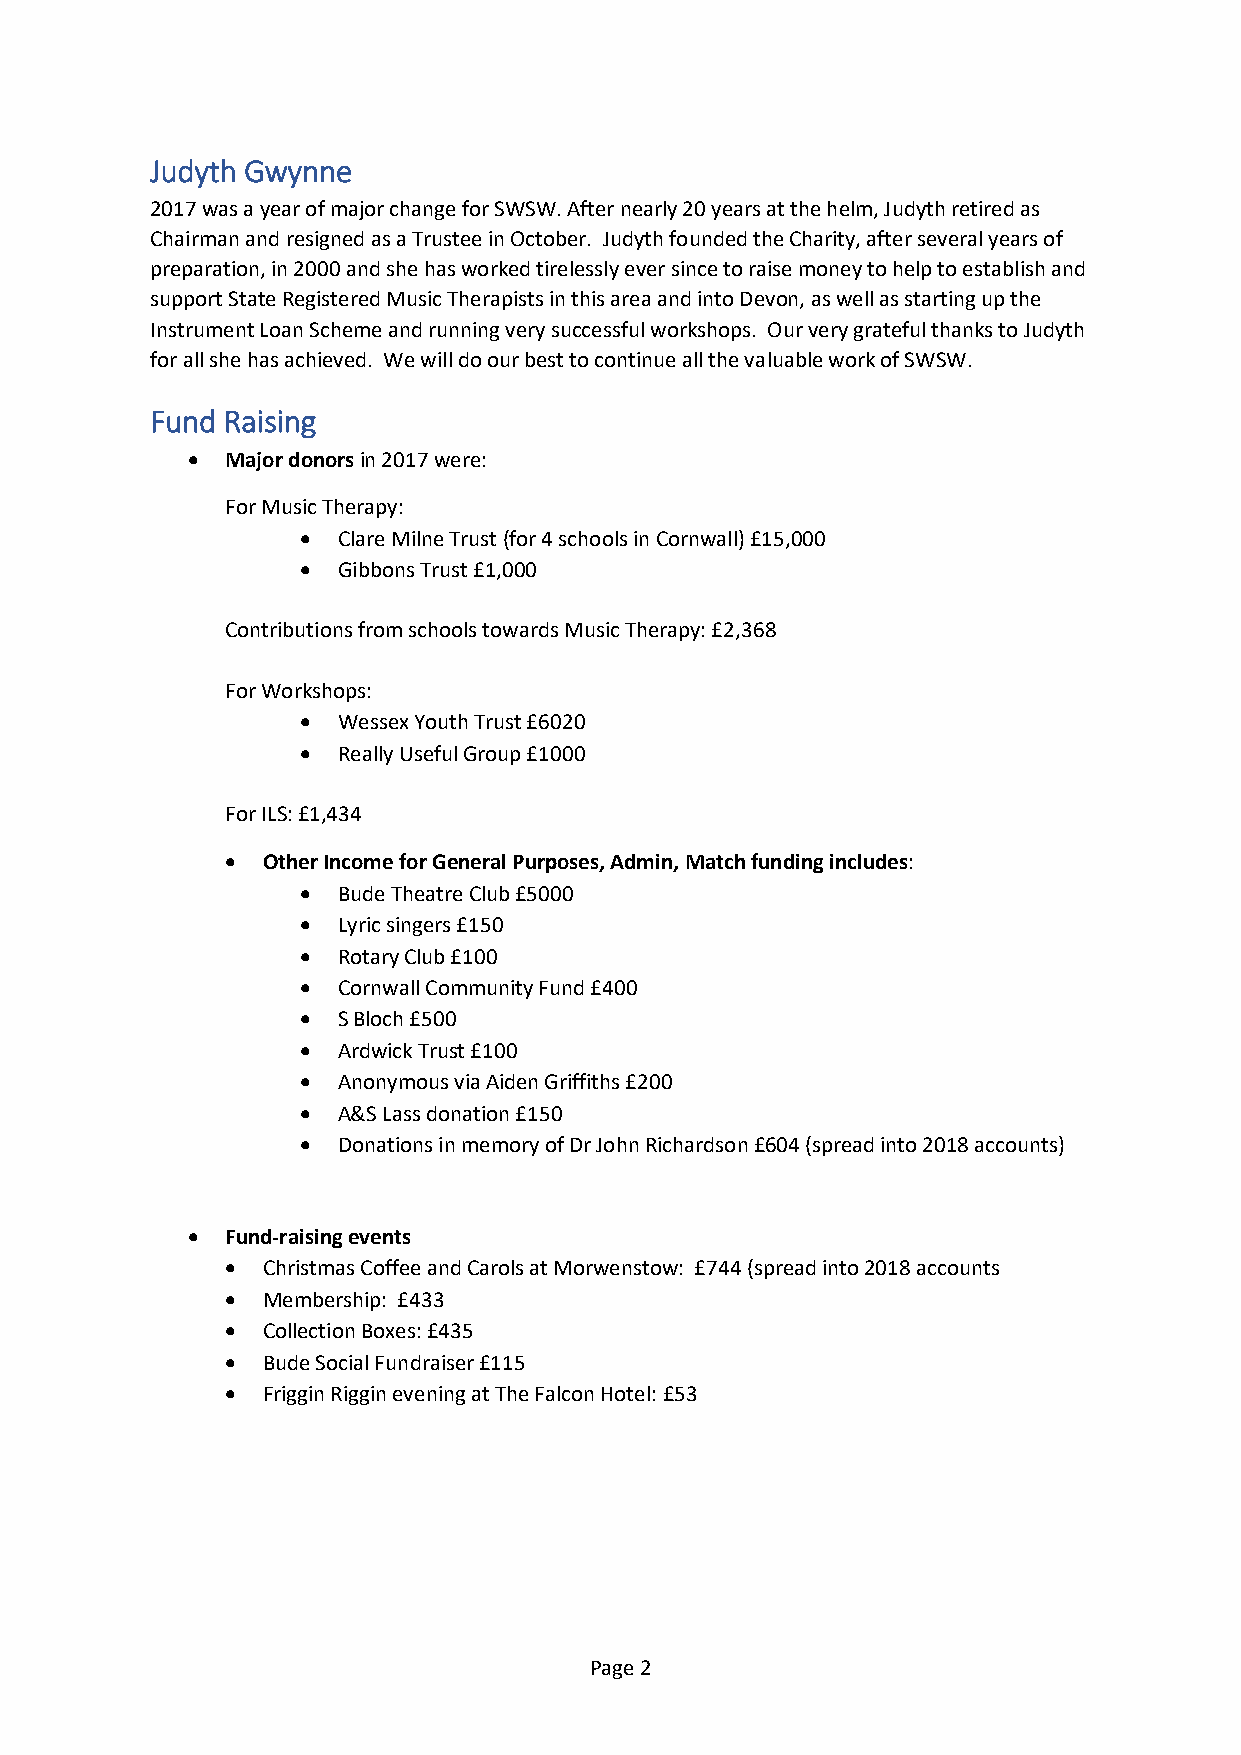
Judyth Gwynne
 2017 was a year of major change for SWSW. After nearly 20 years at the helm, Judyth retired as
 Chairman and resigned as a Trustee in October. Judyth founded the Charity, after several years of
 preparation, in 2000 and she has worked tirelessly ever since to raise money to help to establish and
 support State Registered Music Therapists in this area and into Devon, as well as starting up the
 Instrument Loan Scheme and running very successful workshops. Our very grateful thanks to Judyth
 for all she has achieved. We will do our best to continue all the valuable work of SWSW.
 Fund Raising
 •  Major donors in 2017 were:
 For Music Therapy:
 • Clare Milne Trust (for 4 schools in Cornwall) £15,000
 • Gibbons Trust £1,000
 Contributions from schools towards Music Therapy: £2,368
 For Workshops:
 • Wessex Youth Trust £6020
 • Really Useful Group £1000
 For ILS: £1,434
 • Other Income for General Purposes, Admin, Match funding includes:
 • Bude Theatre Club £5000
 • Lyric singers £150
 • Rotary Club £100
 • Cornwall Community Fund £400
 • S Bloch £500
 • Ardwick Trust £100
 • Anonymous via Aiden Griffiths £200
 • A&S Lass donation £150
 • Donations in memory of Dr John Richardson £604 (spread into 2018 accounts)
 •  Fund-raising events
 • Christmas Coffee and Carols at Morwenstow: £744 (spread into 2018 accounts
 • Membership: £433
 • Collection Boxes: £435
 • Bude Social Fundraiser £115
 • Friggin Riggin evening at The Falcon Hotel: £53
 Page 2